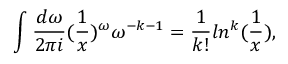
\int \frac { d \omega } { 2 \pi i } ( \frac { 1 } { x } ) ^ { \omega } \omega ^ { - k - 1 } = \frac { 1 } { k ! } l n ^ { k } ( \frac { 1 } { x } ) ,